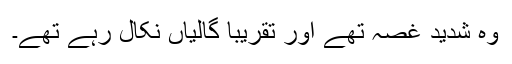
وہ شدید غصہ تھے اور تقریبا گالیاں نکال رہے تھے۔